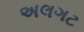
અલગટ